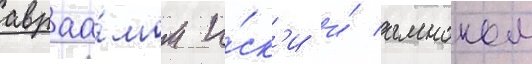
авраа́мом и́ск'и и́ амноном